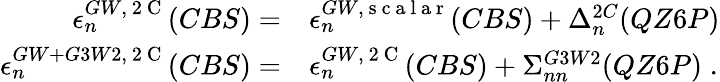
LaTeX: \begin{array}{rl}{\epsilon_{n}^{GW,\mathrm{~2~C~}}(CBS)=}&{{}\epsilon_{n}^{GW,\mathrm{~s~c~a~l~a~r~}}(CBS)+\Delta_{n}^{2C}(QZ6P)}\\ {\epsilon_{n}^{GW+G3W2,\mathrm{~2~C~}}(CBS)=}&{{}\epsilon_{n}^{GW,\mathrm{~2~C~}}(CBS)+\Sigma_{nn}^{G3W2}(QZ6P)\; .}\end{array}